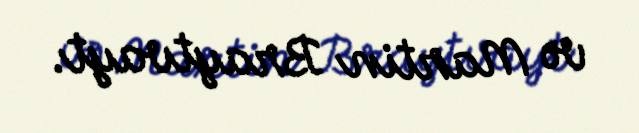
və Martin Braytvayt.